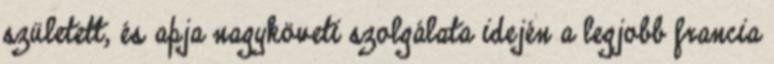
született, és apja nagyköveti szolgálata idején a legjobb francia